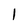
Character: 1